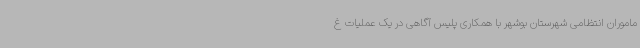
ماموران انتظامی شهرستان بوشهر با همکاری پلیس آگاهی در یک عملیات غ